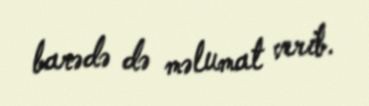
barədə də məlumat verib.